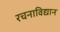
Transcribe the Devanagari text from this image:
रचनाविद्यान